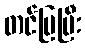
တင်ပြပြီး